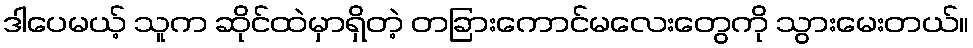
ဒါပေမယ့် သူက ဆိုင်ထဲမှာရှိတဲ့ တခြားကောင်မလေးတွေကို သွားမေးတယ်။